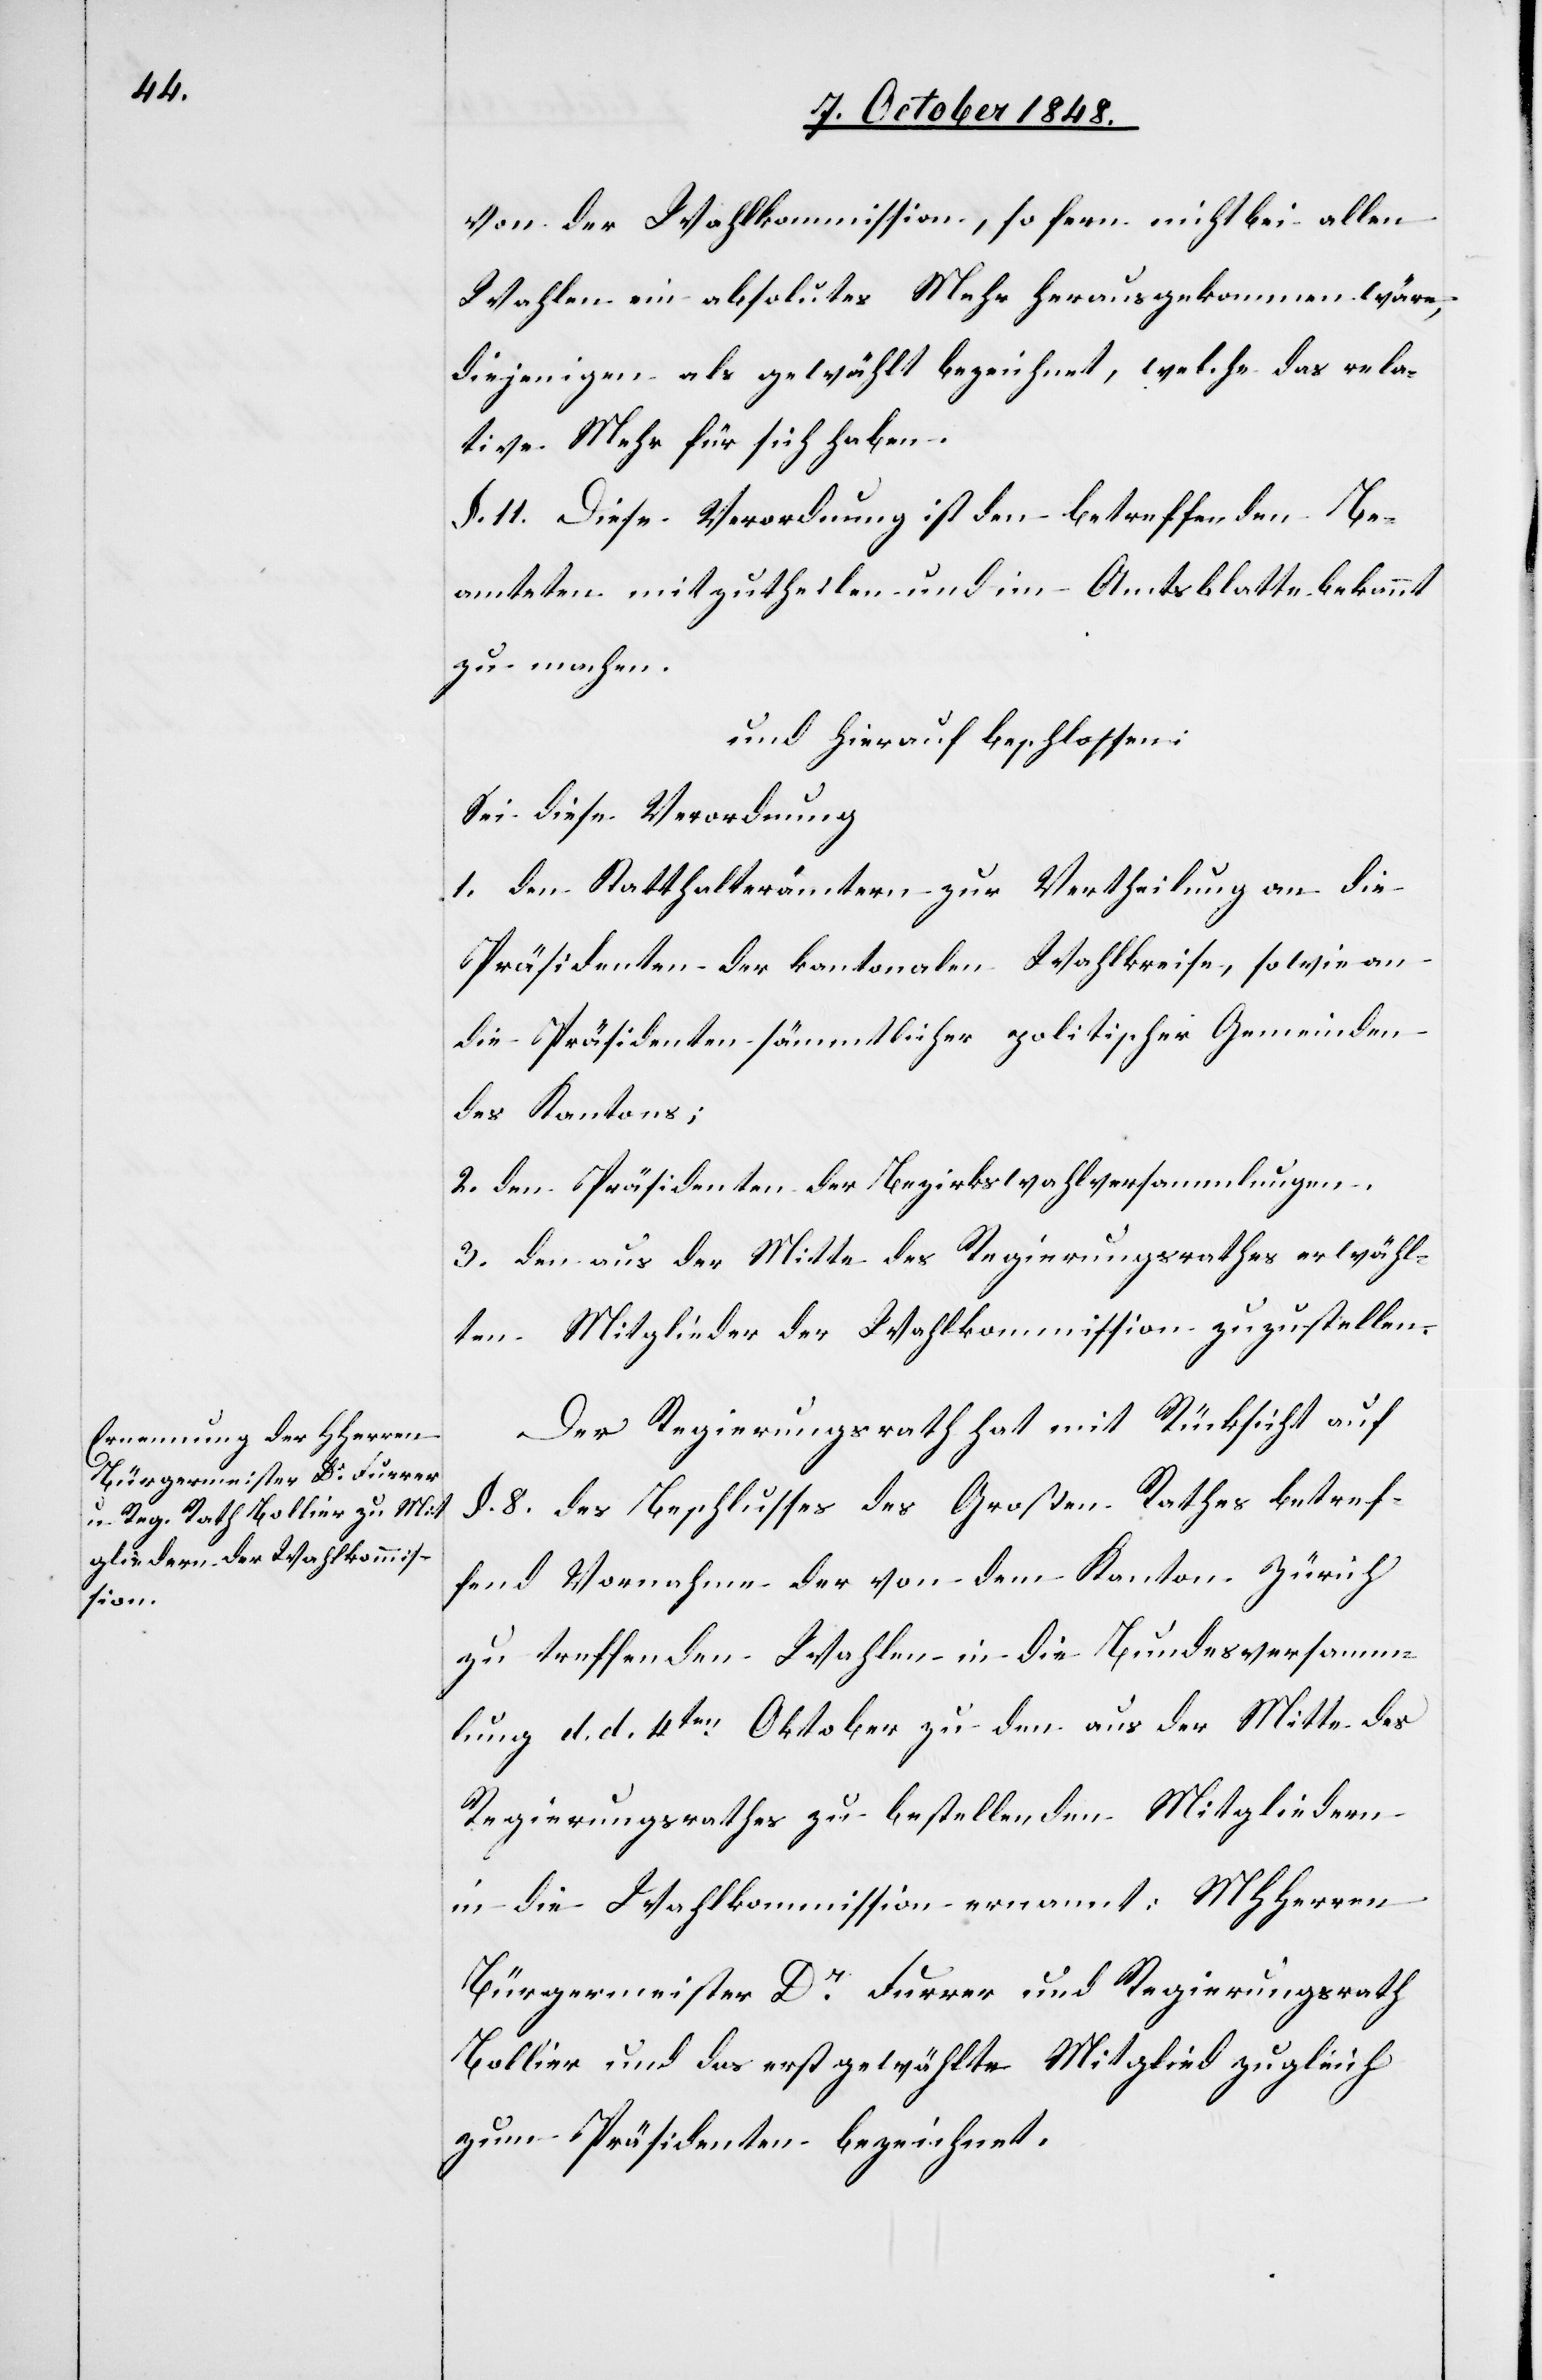
von der Wahlkommission, so fern nicht bei allen
Wahlen ein absolutes Mehr herausgekommen wäre,
diejenigen als gewählt bezeichnet, welche das rela¬
tive Mehr für sich haben.
§. 11. Diese Verordnung ist den betreffenden Be¬
amteten mitzutheilen und im Amtsblatte bekannt
zu machen.
und hierauf beschlossen:
Sei diese Verordnung:
1. den Statthalterämtern zur Vertheilung an die
Präsidenten der kantonalen Wahlkreise, sowie an
die Präsidenten sämmtlicher politischer Gemeinden
des Kantons;
2. den Präsidenten der Bezirkswahlversammlungen.
3. den aus der Mitte des Regierungsrathes erwähl¬
ten Mitglieder der Wahlkommission zuzustellen.
Der Regierungsrath hat mit Rücksicht auf
§. 8. des Beschlusses des Großen Rathes betref¬
fend Vornahme der von dem Kanton Zürich
zu treffenden Wahlen in die Bundesversamm¬
lung d. d. 4ten Oktober zu den aus der Mitte des
Regierungsrathes zu bestellenden Mitgliedern
in die Wahlkommission ernannt: MHHerren
Bürgermeister Dr. Furrer und Regierungsrath
Bollier und das erst gewählte Mitglied zugleich
zum Präsidenten bezeichnet.